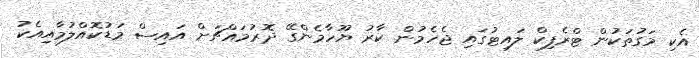
އެކި މަގުތަކުން ޓްރެފިކް ލައިޓުގައި ޖެހެމުން ކާރު ޔޫހާމެންގޭ ދޮރުމައްޗަށް އައިސް މަޑުކޮއްލުމާއިއެކު